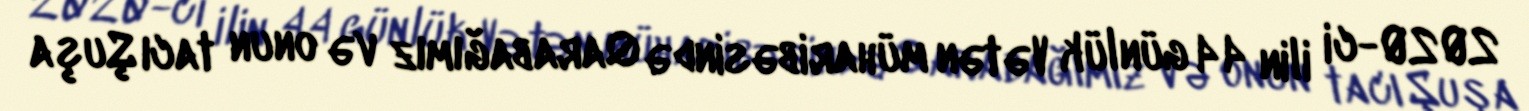
2020-ci ilin 44 günlük Vətən müharibəsində Qarabağımız və onun tacı Şuşa